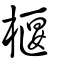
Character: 椻